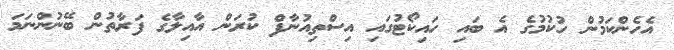
އެހެންކަމުން ހުކުމުގެ އެ ބައި ހައިކޯޓުގައި އިސްތިއުނާފް ކުރަން އާއިލާގެ ފަރާތުން ބޭނުންނަމަ